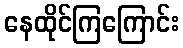
နေထိုင်ကြကြောင်း